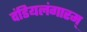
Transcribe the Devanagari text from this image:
दंडियलंगारम्